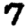
Digit: 7